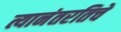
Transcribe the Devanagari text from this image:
त्यानंतरतिचे